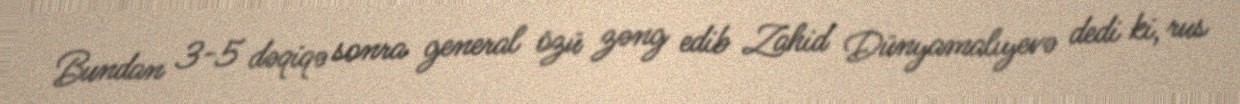
Bundan 3-5 dəqiqə sonra general özü zəng edib Zahid Dünyamalıyevə dedi ki, rus